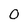
Character: 0